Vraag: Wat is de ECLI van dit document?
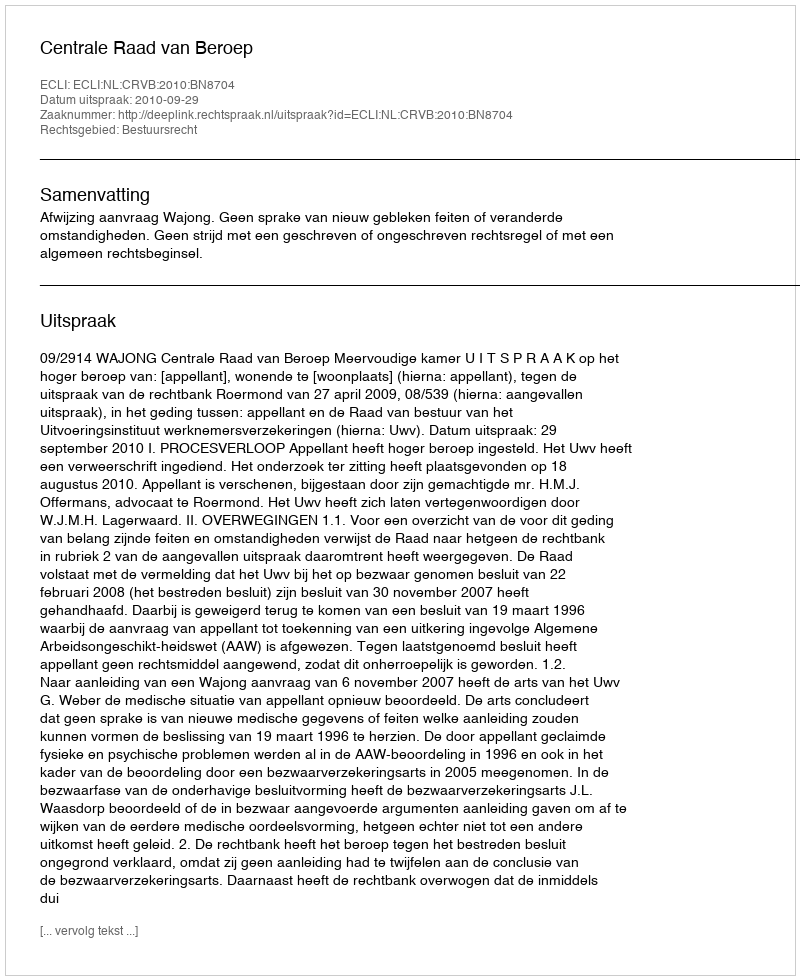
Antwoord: ECLI:NL:CRVB:2010:BN8704